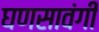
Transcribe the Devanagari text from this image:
घणसावंगी